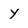
Character: Y